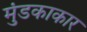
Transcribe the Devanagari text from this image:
मुंडकाकार